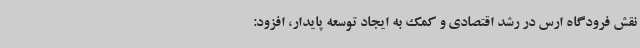
نقش فرودگاه ارس در رشد اقتصادی و کمک به ایجاد توسعه پایدار، افزود: